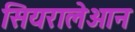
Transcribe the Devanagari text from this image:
सियरालेओन